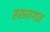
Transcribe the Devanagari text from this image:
हसतगत